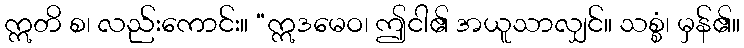
ဣတိ စ၊ လည်းကောင်း။ “ဣဒမေဝ၊ ဤငါ၏ အယူသာလျှင်။ သစ္စံ၊ မှန်၏။